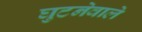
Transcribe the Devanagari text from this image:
घुटनेवाले